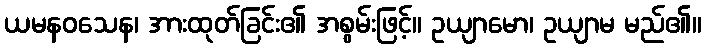
ယမနဝသေန၊ အားထုတ်ခြင်း၏ အစွမ်းဖြင့်။ ဥယျာမော၊ ဥယျာမ မည်၏။